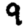
Digit: 9